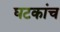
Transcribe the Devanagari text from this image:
घटकांच